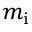
m _ { \mathrm { i } }